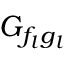
G _ { f _ { l } g _ { l } }